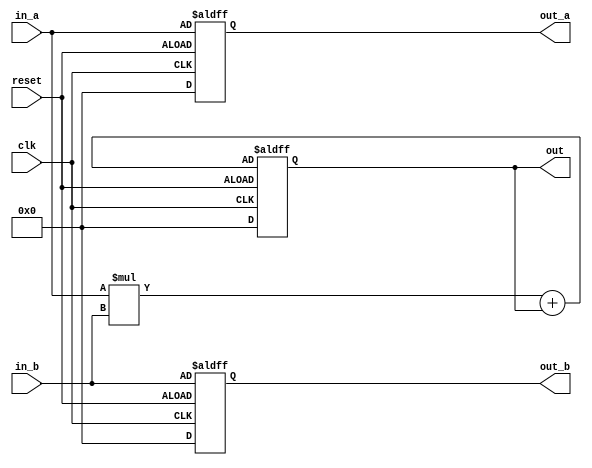
module pe_2by2 (clk, reset, in_a, in_b, out_a, out_b, out);

input wire clk, reset;
input wire [7:0] in_a, in_b;
output reg [7:0] out_a, out_b, out;

reg [7:0] mul;
 
always @(posedge clk or negedge reset)
    if(reset)
      begin
        out_a = 0;
        out_b = 0;
        out = 0;
      end
    else
      begin
          mul = in_a * in_b ;
          out_a = in_a ;
          out_b = in_b ;
          out = mul + out ;
      end
 
endmodule